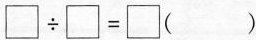
$$\Box \div \Box = \Box ( )$$